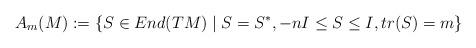
LaTeX: \begin{align*}A_m(M):=\{S\in End(TM)\mid S=S^*,-n I\leq S\leq I,tr(S)=m\}\end{align*}